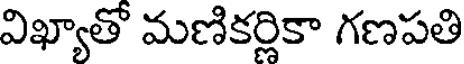
విఖ్యాతో మణికర్లికా గణపతి